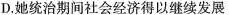
D.她统治期间社会经济得以继续发展